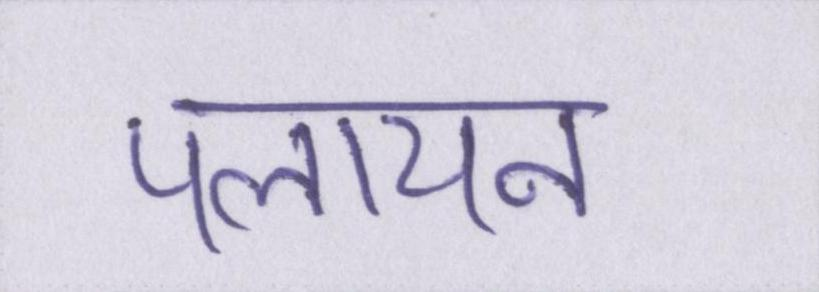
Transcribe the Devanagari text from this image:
पलायन